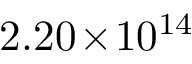
2 . 2 0 \! \times \! 1 0 ^ { 1 4 }